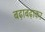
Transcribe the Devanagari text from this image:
बढ़ाबढ़ाकर